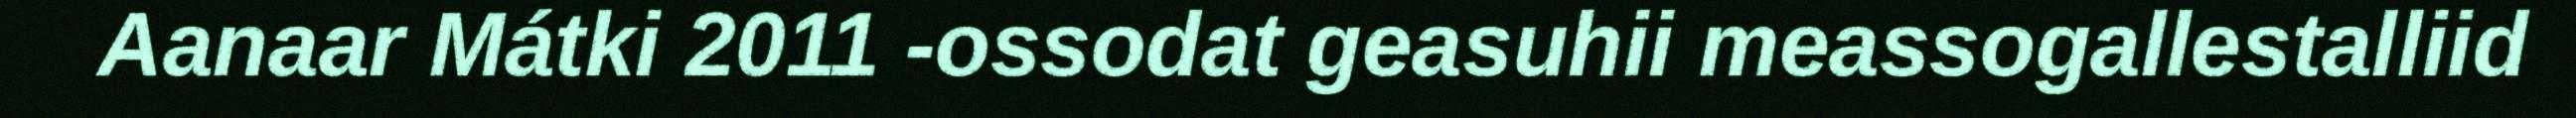
Aanaar Mátki 2011 -ossodat geasuhii meassogallestalliid